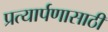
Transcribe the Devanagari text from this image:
प्रत्यार्पणासाठी